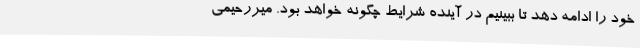
خود را ادامه دهد تا ببینیم در آینده شرایط چگونه خواهد بود. میررحیمی